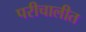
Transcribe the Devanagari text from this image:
परीचालीत